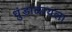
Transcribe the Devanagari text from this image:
धुंडाळायला